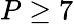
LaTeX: P\geq 7